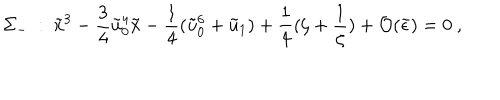
LaTeX: \Sigma _ { - } \ : \ \tilde { x } ^ { 3 } - \frac { 3 } { 4 } \tilde { u } _ { 0 } ^ { 4 } \tilde { x } - \frac { 1 } { 4 } ( \tilde { u } _ { 0 } ^ { 6 } + \tilde { u } _ { 1 } ) + \frac { 1 } { 4 } ( \zeta + \frac { 1 } { \zeta } ) + { \cal O } ( \tilde { \epsilon } ) = 0 \ ,